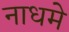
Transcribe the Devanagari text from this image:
नाधमे